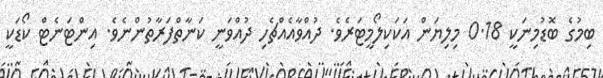
ބިމުގެ ބޮޑުމިނަކީ 0.18 މިލިޔަން އަކަކިލޯމީޓަރެވެ. ދުއްވާއެއްޗެހި ދުއްވަނީ ކަނާތްފަރާތުންނެވެ. އިންޓަނެޓް ކޯޑަކީ